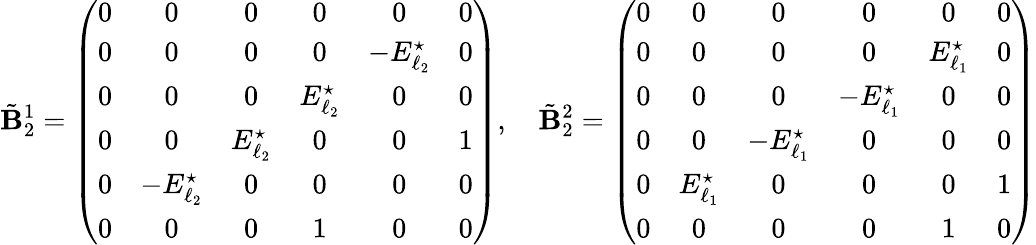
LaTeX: \tilde{\mathbf{B}}_{2}^{1}=\left(\begin{array}{cccccc}{0}&{0}&{0}&{0}&{0}&{0}\\ {0}&{0}&{0}&{0}&{-E_{\ell_{2}}^{\star}}&{0}\\ {0}&{0}&{0}&{E_{\ell_{2}}^{\star}}&{0}&{0}\\ {0}&{0}&{E_{\ell_{2}}^{\star}}&{0}&{0}&{1}\\ {0}&{-E_{\ell_{2}}^{\star}}&{0}&{0}&{0}&{0}\\ {0}&{0}&{0}&{1}&{0}&{0}\end{array}\right),\quad\tilde{\mathbf{B}}_{2}^{2}=\left(\begin{array}{cccccc}{0}&{0}&{0}&{0}&{0}&{0}\\ {0}&{0}&{0}&{0}&{E_{\ell_{1}}^{\star}}&{0}\\ {0}&{0}&{0}&{-E_{\ell_{1}}^{\star}}&{0}&{0}\\ {0}&{0}&{-E_{\ell_{1}}^{\star}}&{0}&{0}&{0}\\ {0}&{E_{\ell_{1}}^{\star}}&{0}&{0}&{0}&{1}\\ {0}&{0}&{0}&{0}&{1}&{0}\end{array}\right)